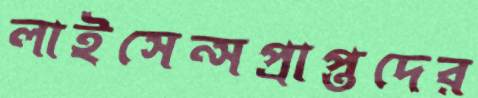
লাইসেন্সপ্রাপ্তদের